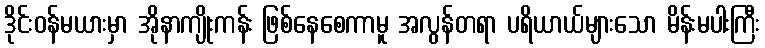
ဒိုင်းဝန်မယားမှာ အိုနာကျိုးကန်း ဖြစ်နေစေကာမူ အလွန်တရာ ပရိယာယ်များသော မိန်းမပါးကြီး